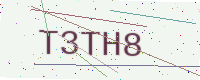
Text: T3TH8